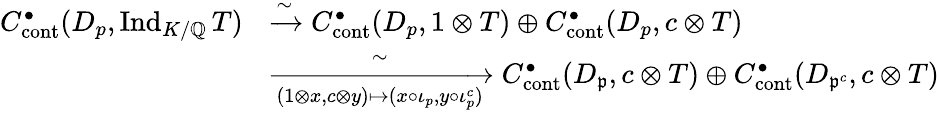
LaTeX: \begin{array}{rl}{C_{\mathrm{cont}}^{\bullet}(D_{p},\mathrm{Ind}_{K/\mathbb{Q}}\, T)}&{\xrightarrow{\sim}C_{\mathrm{cont}}^{\bullet}(D_{p},1\otimes T)\oplus C_{\mathrm{cont}}^{\bullet}(D_{p},c\otimes T)}\\ &{\xrightarrow[{(1\otimes x,c\otimes y)\mapsto(x\circ\iota_{p},y\circ\iota_{p}^{c})}]{\sim}C_{\mathrm{cont}}^{\bullet}(D_{\mathfrak{p}},c\otimes T)\oplus C_{\mathrm{cont}}^{\bullet}(D_{\mathfrak{p}^{c}},c\otimes T)}\end{array}